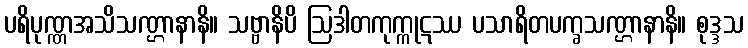
ပရိပုဏ္ဏအသိသဏ္ဌာနာနိ။ သဗ္ဗာနိပိ ဩဒါတကုက္ကုဋဿ ပသာရိတပက္ခသဏ္ဌာနာနိ။ စုဒ္ဒသ